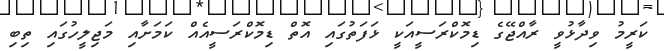
ކަރީމު ވިދާޅުވީ ރާއްޖޭގެ ޑިމޮކްރަސީއަކީ ޅަފަތުގައި އޮތް ޑިމޮކްރަސީއެއް ކަމަށާއި މަޖިލީހުގައި ތިބި